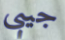
جيبى